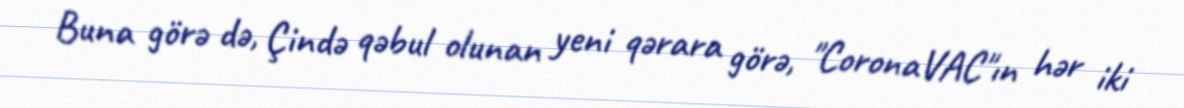
Buna görə də, Çində qəbul olunan yeni qərara görə, "CoronaVAC"ın hər iki